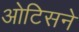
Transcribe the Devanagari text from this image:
ओटिसने